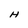
Character: H